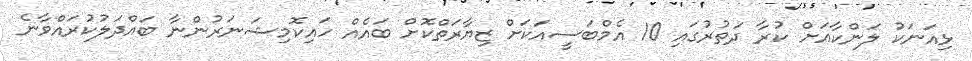
ޅިއަނަކު ލަންކާއަށް ކުރާ ދަތުރުގައި 10 އެމްބަސީއަކަށް ޒިޔާރަތްކޮށް ބައެއް ހައިކޮމިޝަނަރުންނާ ބައްދަލުކުރައްވާނެ